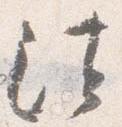
法